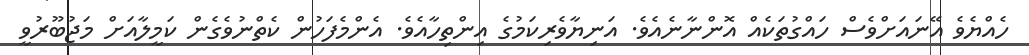
ހެއްޔެވެ އޭނައަށްވެސް ހައްގުތަކެއް އޮންނާނެއެވެ. އަނިޔާވެރިކަމުގެ އިންތިހާއެވެ. އެންމެފަހުން ކެތްނުވެގެން ކަމީލާއަށް މަޖުބޫރުވީ